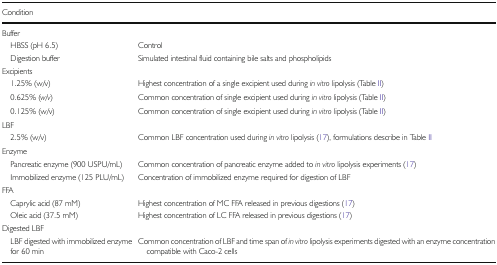
<table><thead><tr><td><b>Condition</b></td><td></td></tr></thead><tbody><tr><td colspan="2">Buffer</td></tr><tr><td> HBSS (pH 6.5)</td><td>Control</td></tr><tr><td> Digestion buffer</td><td>Simulated intestinal fluid containing bile salts and phospholipids</td></tr><tr><td colspan="2">Excipients</td></tr><tr><td> 1.25% (w/v)</td><td>Highest concentration of a single excipient used during <i>in vitro</i> lipolysis (Table II)</td></tr><tr><td> 0.625% (<i>w</i>/<i>v</i>)</td><td>Common concentration of single excipient used during <i>in vitro</i> lipolysis (Table II)</td></tr><tr><td> 0.125% (w/v)</td><td>Common concentration of single excipient used during <i>in vitro</i> lipolysis (Table II)</td></tr><tr><td colspan="2">LBF</td></tr><tr><td> 2.5% (w/v)</td><td>Common LBF concentration used during <i>in vitro</i> lipolysis (17), formulations describe in Table II</td></tr><tr><td colspan="2">Enzyme</td></tr><tr><td> Pancreatic enzyme (900 USPU/mL)</td><td>Common concentration of pancreatic enzyme added to <i>in vitro</i> lipolysis experiments (17)</td></tr><tr><td> Immobilized enzyme (125 PLU/mL)</td><td>Concentration of immobilized enzyme required for digestion of LBF</td></tr><tr><td colspan="2">FFA</td></tr><tr><td> Caprylic acid (87 mM)</td><td>Highest concentration of MC FFA released in previous digestions (17)</td></tr><tr><td> Oleic acid (37.5 mM)</td><td>Highest concentration of LC FFA released in previous digestions (17)</td></tr><tr><td colspan="2">Digested LBF</td></tr><tr><td> LBF digested with immobilized enzyme for 60 min</td><td>Common concentration of LBF and time span of <i>in vitro</i> lipolysis experiments digested with an enzyme concentration compatible with Caco-2 cells</td></tr></tbody></table>